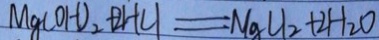
M g ( O H ) _ { 2 } + 2 H C l = M g C l _ { 2 } + 2 H _ { 2 } O